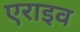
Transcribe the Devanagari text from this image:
एराइव